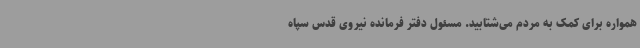
همواره برای کمک به مردم می‌شتابید. مسئول دفتر فرمانده نیروی قدس سپاه